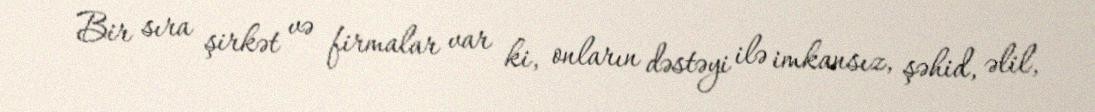
Bir sıra şirkət və firmalar var ki, onların dəstəyi ilə imkansız, şəhid, əlil,